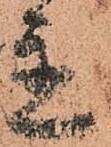
置